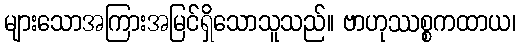
များသောအကြားအမြင်ရှိသောသူသည်။ ဗာဟုဿစ္စကထာယ၊